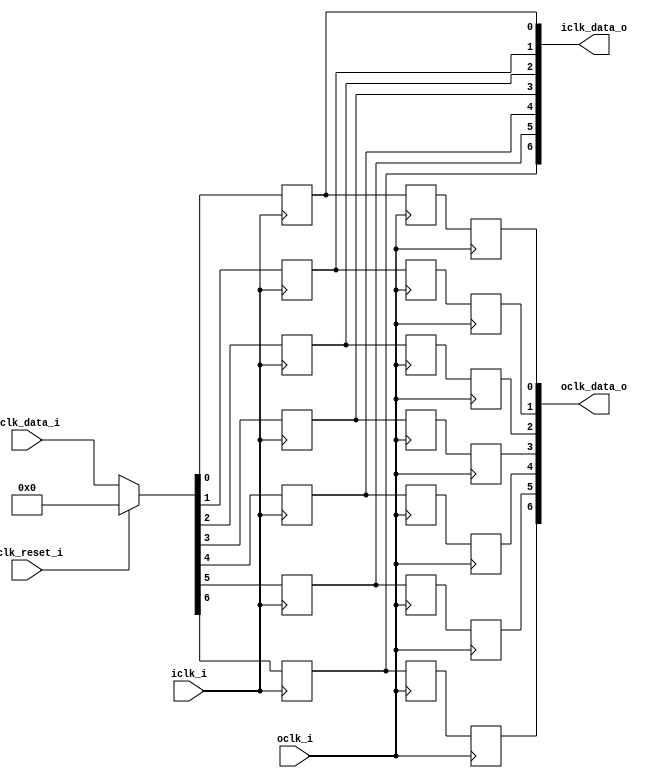
module bsg_launch_sync_sync_posedge_7_unit
(
  iclk_i,
  iclk_reset_i,
  oclk_i,
  iclk_data_i,
  iclk_data_o,
  oclk_data_o
);

  input [6:0] iclk_data_i;
  output [6:0] iclk_data_o;
  output [6:0] oclk_data_o;
  input iclk_i;
  input iclk_reset_i;
  input oclk_i;
  wire [6:0] iclk_data_o,oclk_data_o,bsg_SYNC_1_r;
  wire N0,N1,N2,N3,N4,N5,N6,N7,N8,N9;
  reg iclk_data_o_6_sv2v_reg,iclk_data_o_5_sv2v_reg,iclk_data_o_4_sv2v_reg,
  iclk_data_o_3_sv2v_reg,iclk_data_o_2_sv2v_reg,iclk_data_o_1_sv2v_reg,
  iclk_data_o_0_sv2v_reg,bsg_SYNC_1_r_6_sv2v_reg,bsg_SYNC_1_r_5_sv2v_reg,bsg_SYNC_1_r_4_sv2v_reg,
  bsg_SYNC_1_r_3_sv2v_reg,bsg_SYNC_1_r_2_sv2v_reg,bsg_SYNC_1_r_1_sv2v_reg,
  bsg_SYNC_1_r_0_sv2v_reg,oclk_data_o_6_sv2v_reg,oclk_data_o_5_sv2v_reg,oclk_data_o_4_sv2v_reg,
  oclk_data_o_3_sv2v_reg,oclk_data_o_2_sv2v_reg,oclk_data_o_1_sv2v_reg,
  oclk_data_o_0_sv2v_reg;
  assign iclk_data_o[6] = iclk_data_o_6_sv2v_reg;
  assign iclk_data_o[5] = iclk_data_o_5_sv2v_reg;
  assign iclk_data_o[4] = iclk_data_o_4_sv2v_reg;
  assign iclk_data_o[3] = iclk_data_o_3_sv2v_reg;
  assign iclk_data_o[2] = iclk_data_o_2_sv2v_reg;
  assign iclk_data_o[1] = iclk_data_o_1_sv2v_reg;
  assign iclk_data_o[0] = iclk_data_o_0_sv2v_reg;
  assign bsg_SYNC_1_r[6] = bsg_SYNC_1_r_6_sv2v_reg;
  assign bsg_SYNC_1_r[5] = bsg_SYNC_1_r_5_sv2v_reg;
  assign bsg_SYNC_1_r[4] = bsg_SYNC_1_r_4_sv2v_reg;
  assign bsg_SYNC_1_r[3] = bsg_SYNC_1_r_3_sv2v_reg;
  assign bsg_SYNC_1_r[2] = bsg_SYNC_1_r_2_sv2v_reg;
  assign bsg_SYNC_1_r[1] = bsg_SYNC_1_r_1_sv2v_reg;
  assign bsg_SYNC_1_r[0] = bsg_SYNC_1_r_0_sv2v_reg;
  assign oclk_data_o[6] = oclk_data_o_6_sv2v_reg;
  assign oclk_data_o[5] = oclk_data_o_5_sv2v_reg;
  assign oclk_data_o[4] = oclk_data_o_4_sv2v_reg;
  assign oclk_data_o[3] = oclk_data_o_3_sv2v_reg;
  assign oclk_data_o[2] = oclk_data_o_2_sv2v_reg;
  assign oclk_data_o[1] = oclk_data_o_1_sv2v_reg;
  assign oclk_data_o[0] = oclk_data_o_0_sv2v_reg;

  always @(posedge iclk_i) begin
    if(1'b1) begin
      iclk_data_o_6_sv2v_reg <= N9;
    end 
  end


  always @(posedge iclk_i) begin
    if(1'b1) begin
      iclk_data_o_5_sv2v_reg <= N8;
    end 
  end


  always @(posedge iclk_i) begin
    if(1'b1) begin
      iclk_data_o_4_sv2v_reg <= N7;
    end 
  end


  always @(posedge iclk_i) begin
    if(1'b1) begin
      iclk_data_o_3_sv2v_reg <= N6;
    end 
  end


  always @(posedge iclk_i) begin
    if(1'b1) begin
      iclk_data_o_2_sv2v_reg <= N5;
    end 
  end


  always @(posedge iclk_i) begin
    if(1'b1) begin
      iclk_data_o_1_sv2v_reg <= N4;
    end 
  end


  always @(posedge iclk_i) begin
    if(1'b1) begin
      iclk_data_o_0_sv2v_reg <= N3;
    end 
  end


  always @(posedge oclk_i) begin
    if(1'b1) begin
      bsg_SYNC_1_r_6_sv2v_reg <= iclk_data_o[6];
    end 
  end


  always @(posedge oclk_i) begin
    if(1'b1) begin
      bsg_SYNC_1_r_5_sv2v_reg <= iclk_data_o[5];
    end 
  end


  always @(posedge oclk_i) begin
    if(1'b1) begin
      bsg_SYNC_1_r_4_sv2v_reg <= iclk_data_o[4];
    end 
  end


  always @(posedge oclk_i) begin
    if(1'b1) begin
      bsg_SYNC_1_r_3_sv2v_reg <= iclk_data_o[3];
    end 
  end


  always @(posedge oclk_i) begin
    if(1'b1) begin
      bsg_SYNC_1_r_2_sv2v_reg <= iclk_data_o[2];
    end 
  end


  always @(posedge oclk_i) begin
    if(1'b1) begin
      bsg_SYNC_1_r_1_sv2v_reg <= iclk_data_o[1];
    end 
  end


  always @(posedge oclk_i) begin
    if(1'b1) begin
      bsg_SYNC_1_r_0_sv2v_reg <= iclk_data_o[0];
    end 
  end


  always @(posedge oclk_i) begin
    if(1'b1) begin
      oclk_data_o_6_sv2v_reg <= bsg_SYNC_1_r[6];
    end 
  end


  always @(posedge oclk_i) begin
    if(1'b1) begin
      oclk_data_o_5_sv2v_reg <= bsg_SYNC_1_r[5];
    end 
  end


  always @(posedge oclk_i) begin
    if(1'b1) begin
      oclk_data_o_4_sv2v_reg <= bsg_SYNC_1_r[4];
    end 
  end


  always @(posedge oclk_i) begin
    if(1'b1) begin
      oclk_data_o_3_sv2v_reg <= bsg_SYNC_1_r[3];
    end 
  end


  always @(posedge oclk_i) begin
    if(1'b1) begin
      oclk_data_o_2_sv2v_reg <= bsg_SYNC_1_r[2];
    end 
  end


  always @(posedge oclk_i) begin
    if(1'b1) begin
      oclk_data_o_1_sv2v_reg <= bsg_SYNC_1_r[1];
    end 
  end


  always @(posedge oclk_i) begin
    if(1'b1) begin
      oclk_data_o_0_sv2v_reg <= bsg_SYNC_1_r[0];
    end 
  end

  assign { N9, N8, N7, N6, N5, N4, N3 } = (N0)? { 1'b0, 1'b0, 1'b0, 1'b0, 1'b0, 1'b0, 1'b0 } : 
                                          (N1)? iclk_data_i : 1'b0;
  assign N0 = iclk_reset_i;
  assign N1 = N2;
  assign N2 = ~iclk_reset_i;

endmodule